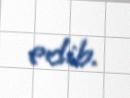
edib.